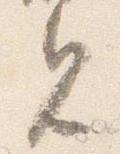
見